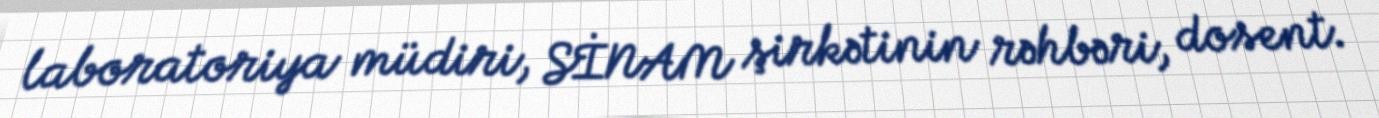
laboratoriya müdiri, SİNAM şirkətinin rəhbəri, dosent.